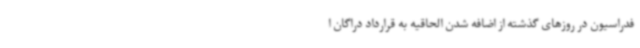
فدراسیون در روزهای گذشته از اضافه شدن الحاقیه به قرارداد دراگان ا